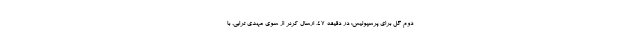
دوم گل برای پرسپولیس: در دقیقه ۴۷، ارسال کرنر از سوی مهدی ترابی، با